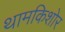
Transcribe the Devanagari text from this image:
थामकिशोर